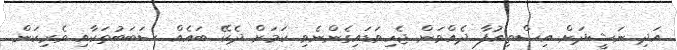
އަދި ނަޝީދަށް އިސްތިއުފާ ދެއްވަން ޖެހިވަޑައިގެންނެވި ކަމަށް ދެކޭ ބައެއް ސަބަބުތަކާއި ވެރިކަން